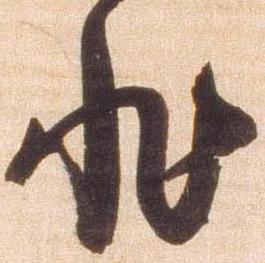
非